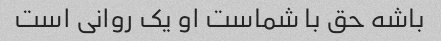
باشه حق با شماست او یک روانی است